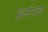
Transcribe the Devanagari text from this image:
सर्जनाला